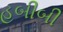
હબીબી